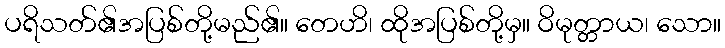
ပရိသတ်၏အပြစ်တို့မည်၏။ တေဟိ၊ ထိုအပြစ်တို့မှ။ ဝိမုတ္တာယ၊ သော။